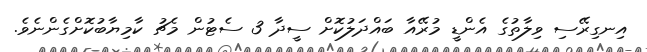
އިނގިރޭސި ވިލާތުގެ އެންޑީ މުރޭއާ ބައްދަލުކޮށް ސީދާ 3 ސެޓުން މެޗު ކާމިޔާބުކޮށްގެންނެވެ.